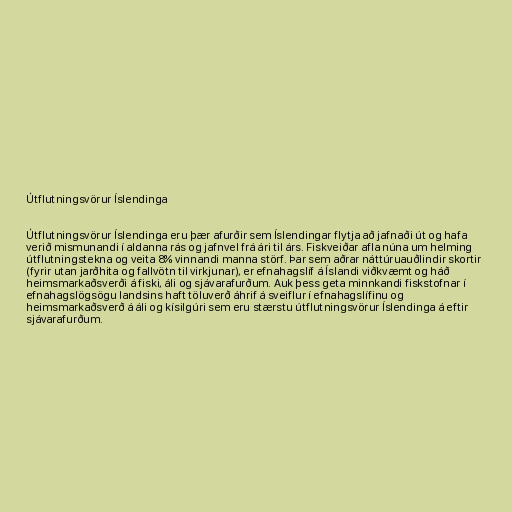
Útflutningsvörur Íslendinga

Útflutningsvörur Íslendinga eru þær afurðir sem Íslendingar flytja að jafnaði út og hafa
verið mismunandi í aldanna rás og jafnvel frá ári til árs. Fiskveiðar afla núna um helming
útflutningstekna og veita 8% vinnandi manna störf. Þar sem aðrar náttúruauðlindir skortir
(fyrir utan jarðhita og fallvötn til virkjunar), er efnahagslíf á Íslandi viðkvæmt og háð
heimsmarkaðsverði á fiski, áli og sjávarafurðum. Auk þess geta minnkandi fiskstofnar í
efnahagslögsögu landsins haft töluverð áhrif á sveiflur í efnahagslífinu og
heimsmarkaðsverð á áli og kísilgúri sem eru stærstu útflutningsvörur Íslendinga á eftir
sjávarafurðum.